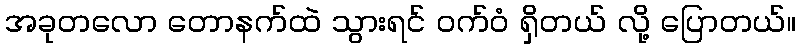
အခုတလော တောနက်ထဲ သွားရင် ဝက်ဝံ ရှိတယ် လို့ ပြောတယ်။